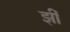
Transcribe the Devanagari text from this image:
झीं